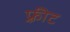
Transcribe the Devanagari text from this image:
फ़्रीट